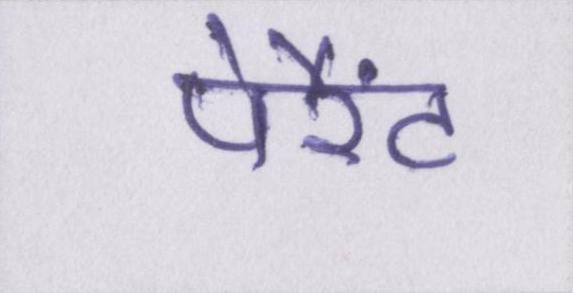
पेरैंट